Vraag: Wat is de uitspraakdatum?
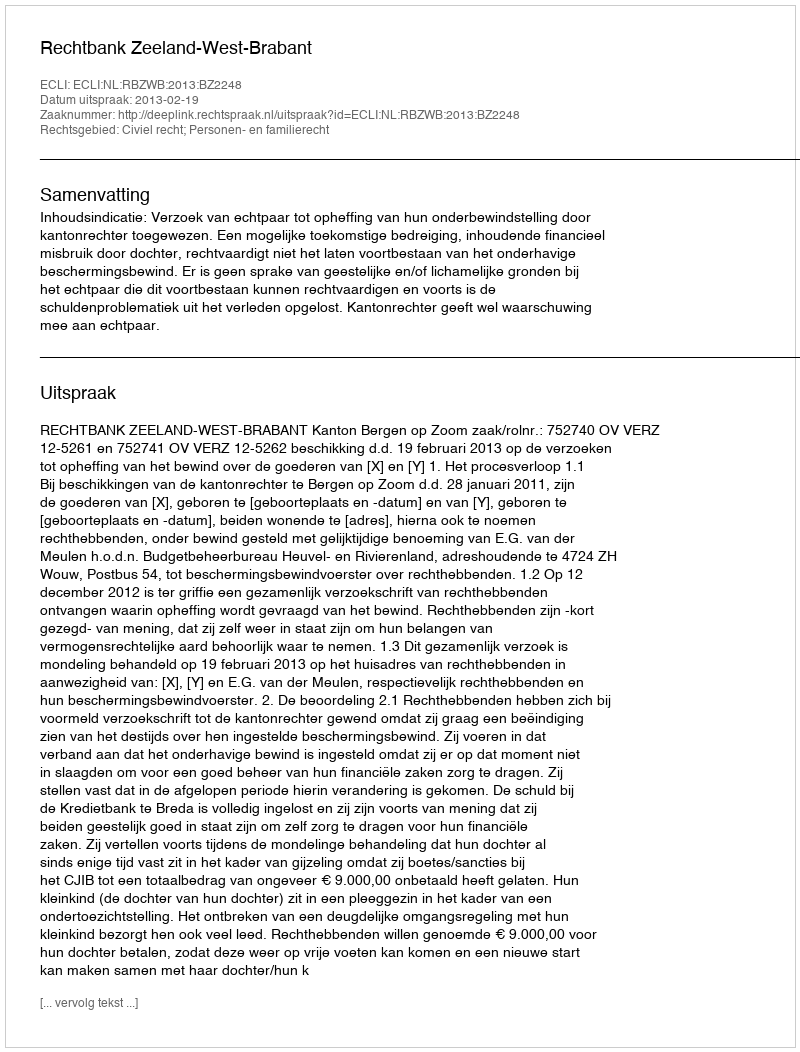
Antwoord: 2013-02-19